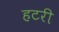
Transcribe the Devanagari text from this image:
हटरी